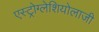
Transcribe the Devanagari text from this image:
एस्ट्रोग्लेशियोलाजी